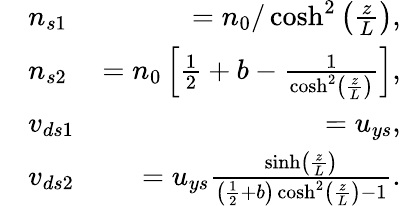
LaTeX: \begin{array}{rlr}&{n_{s1}}&{=n_{0}/\cosh^{2}\left(\frac{z}{L}\right),}\\ &{n_{s2}}&{=n_{0}\left[\frac{1}{2}+b-\frac{1}{\cosh^{2}\left(\frac{z}{L}\right)}\right],}\\ &{v_{ds1}}&{=u_{ys},}\\ &{v_{ds2}}&{=u_{ys}\frac{\sinh\left(\frac{z}{L}\right)}{\left(\frac{1}{2}+b\right)\cosh^{2}\left(\frac{z}{L}\right)-1}.}\end{array}